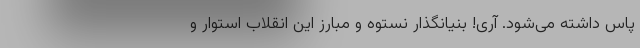
پاس داشته می‌شود. آری! بنیانگذار نستوه و مبارز این انقلاب استوار و